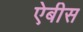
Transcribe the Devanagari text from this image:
ऐबीस